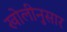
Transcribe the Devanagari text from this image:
खोलीनुसार